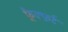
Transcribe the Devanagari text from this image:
फ़्रैक्फ़र्ट